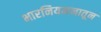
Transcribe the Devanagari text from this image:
भारनियमनातून